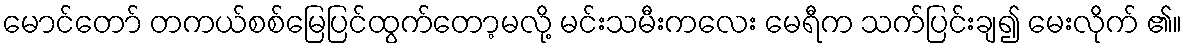
မောင်တော် တကယ်စစ်မြေပြင်ထွက်တော့မလို့ မင်းသမီးကလေး မေရီက သက်ပြင်းချ၍ မေးလိုက် ၏။